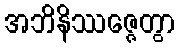
အဘိနိဿဇ္ဇေတွာ